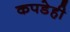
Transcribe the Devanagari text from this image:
कपडेही